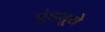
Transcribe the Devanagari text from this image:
एंड्यूरो